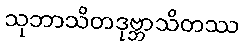
သုဘာသိတဒုဗ္ဘာသိတဿ